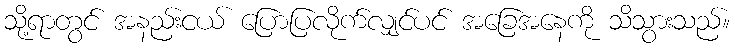
သို့ရာတွင် အနည်းငယ် ပြောပြလိုက်လျှင်ပင် အခြေအနေကို သိသွားသည်။